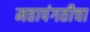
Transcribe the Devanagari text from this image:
महापंगतीचा